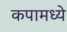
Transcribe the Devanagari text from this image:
कपामध्ये